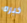
خبره